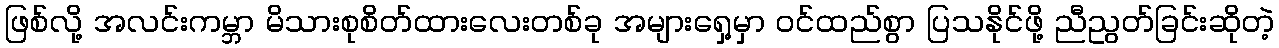
ဖြစ်လို့ အလင်းကမ္ဘာ မိသားစုစိတ်ထားလေးတစ်ခု အများရှေ့မှာ ဝင်ထည်စွာ ပြသနိုင်ဖို့ ညီညွတ်ခြင်းဆိုတဲ့